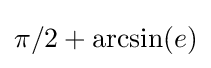
\pi /2+\arcsin(e)